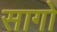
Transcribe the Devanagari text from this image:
सागो